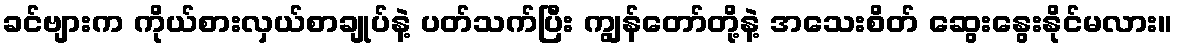
ခင်ဗျားက ကိုယ်စားလှယ်စာချုပ်နဲ့ ပတ်သက်ပြီး ကျွန်တော်တို့နဲ့ အသေးစိတ် ဆွေးနွေးနိုင်မလား။